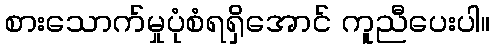
စားသောက်မှုပုံစံရရှိအောင် ကူညီပေးပါ။